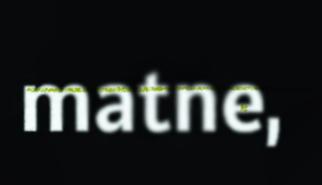
matne,